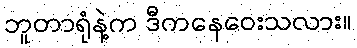
ဘူတာရုံနဲ့က ဒီကနေဝေးသလား။